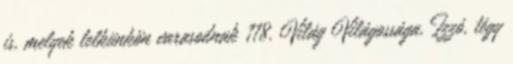
is, melyek lelkünkön varasodnak 118. Világ Világossága, Izzó, tégy